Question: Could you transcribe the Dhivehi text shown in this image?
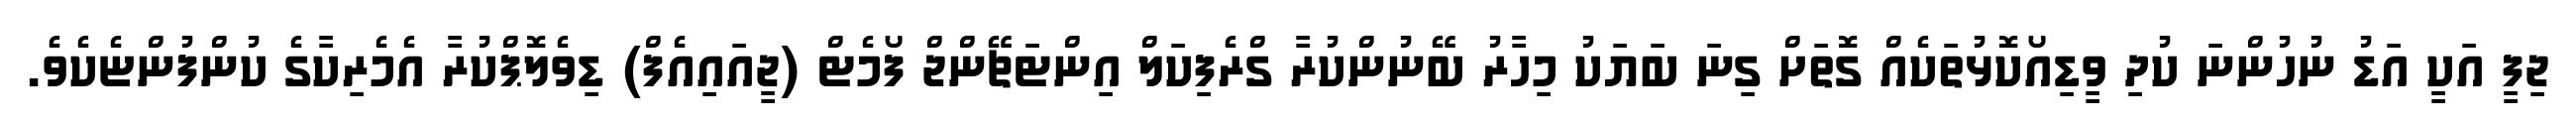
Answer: ޖިފީ އަކީ އަޑު ނުހުންނަ ކުދި ވީޑިއޯކޮޅުތަކެއް ގޮތަށް ގިނަ ބަޔަކު މިހާރު ބޭނުންކުރާ ގްރެފިކަލް އިންޓަޗޭންޖް ފޯމެޓް (ޖީއައިއެފް) ޑިވެލޮޕްކުރާ އެމެރިކާގެ ކުންފުންޏެކެވެ.